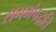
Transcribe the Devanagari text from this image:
सगमंपद्धति